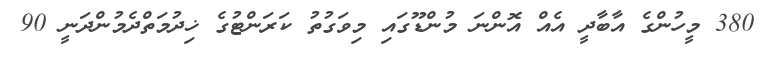
380 މީހުންގެ އާބާދީ އެއް އޮންނަ މުންޑޫގައި މިވަގުތު ކަރަންޓުގެ ޚިދުމަތްދެމުންދަނީ 90